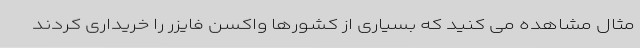
مثال مشاهده می کنید که بسیاری از کشورها واکسن فایزر را خریداری کردند